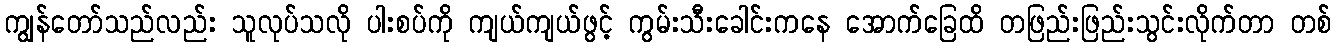
ကျွန်တော်သည်လည်း သူလုပ်သလို ပါးစပ်ကို ကျယ်ကျယ်ဖွင့် ကွမ်းသီးခေါင်းကနေ အောက်ခြေထိ တဖြည်းဖြည်းသွင်းလိုက်တာ တစ်